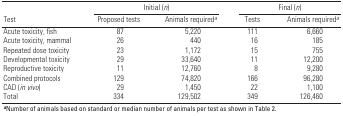
<table><thead><tr><td></td><td colspan="2"><b>Initial (n)</b></td><td colspan="2"><b>Final (n)</b></td></tr><tr><td><b>Test</b></td><td><b>Proposed tests</b></td><td><b>Animals requireda</b></td><td><b>Tests</b></td><td><b>Animals requireda </b></td></tr></thead><tbody><tr><td>Acute toxicity, fish</td><td>87</td><td>5,220</td><td>111</td><td>6,660</td></tr><tr><td>Acute toxicity, mammal</td><td>26</td><td>440</td><td>16</td><td>185</td></tr><tr><td>Repeated dose toxicity</td><td>23</td><td>1,172</td><td>15</td><td>755</td></tr><tr><td>Developmental toxicity</td><td>29</td><td>33,640</td><td>11</td><td>12,200</td></tr><tr><td>Reproductive toxicity</td><td>11</td><td>12,760</td><td>8</td><td>9,280</td></tr><tr><td>Combined protocols</td><td>129</td><td>74,820</td><td>166</td><td>96,280</td></tr><tr><td>CAD (in vivo)</td><td>29</td><td>1,450</td><td>22</td><td>1,100</td></tr><tr><td>Total</td><td>334</td><td>129,502</td><td>349</td><td>126,460</td></tr><tr><td colspan="9">aNumber of animals based on standard or median number ofanimals per test as shown in Table 2. </td></tr></tbody></table>